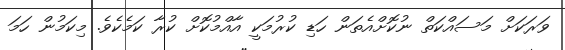
ވަރަކަށް މަސައްކަތް ނުކޮށްއެތަން ހަޑި ކުރުމަކީ އާއްމުކޮށް ކުރާ ކަމެކެވެ. މިކަމުން ހަމަ